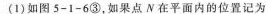
(1)如图5-1-6③，如果点N在平面内的位置记为